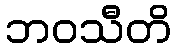
ဘဝသီတိ